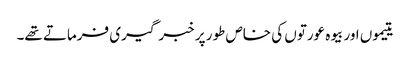
یتیموں اور بیوہ عورتوں کی خاص طور پر خبر گیری فرماتے تھے۔